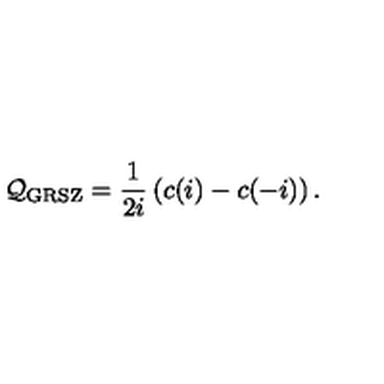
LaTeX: { \cal Q _ { \mathrm { G R S Z } } } = \frac { 1 } { 2 i } \left( c ( i ) - c ( - i ) \right) .